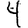
Digit: 4